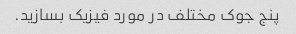
پنج جوک مختلف در مورد فیزیک بسازید.